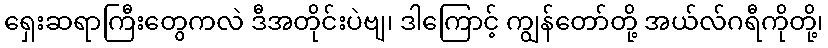
ရှေးဆရာကြီးတွေကလဲ ဒီအတိုင်းပဲဗျ၊ ဒါကြောင့် ကျွန်တော်တို့ အယ်လ်ဂရီကိုတို့၊